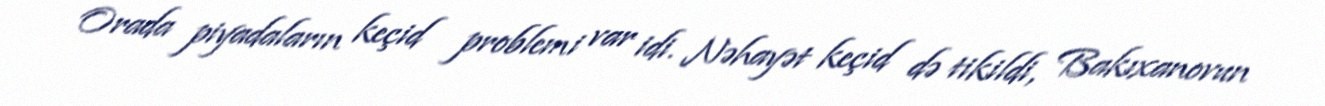
Orada piyadaların keçid problemi var idi. Nəhayət keçid də tikildi, Bakıxanovun